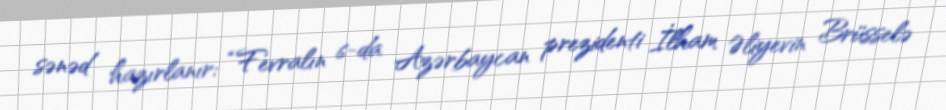
sənəd hazırlanır: “Fevralın 6-da Azərbaycan prezidenti İlham Əliyevin Brüsselə